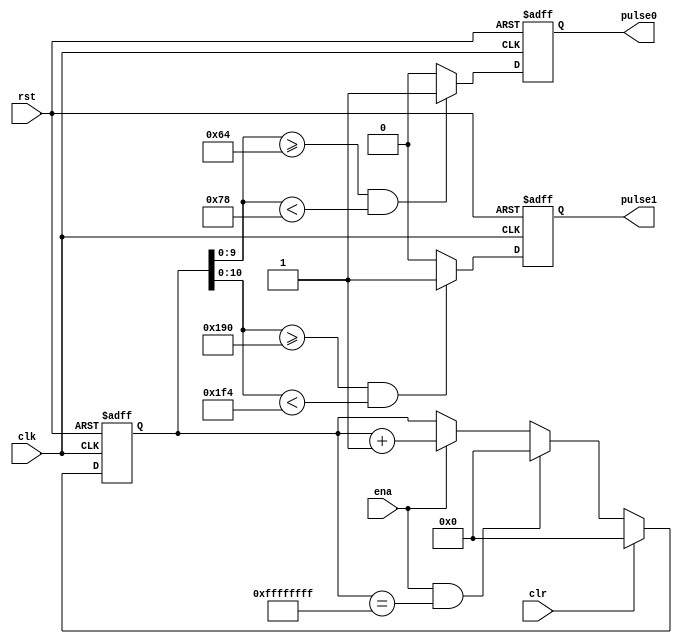
//--------------------------------------------------------------------------------------------------
//
// Title		: pulse_gen
// Design		: sig_acq
// Company		: xkf
// Description	: pulse signal generation, for test use, do not included in fianl design!
//
//-------------------------------------------------------------------------------------------------


module pulse_gen(
	clk,
	rst,

	clr,
	ena,
	
	pulse0,
	pulse1
	);

//parameter COUNT_10MS = 32'd1105919;
parameter COUNT_10MS = 19;
	
input clk;
input rst;
input ena;

input clr;

output reg pulse0;
output reg pulse1;

reg [31:0] count;


always @(posedge clk or negedge rst)
	if (!rst)
		count <= 32'd0;
	else if (clr)
		count <= 32'd0;
	else if (ena && count==32'hFFFFFFFF)
		count <= 32'd0;
	else if (ena)
		count <= count + 1'd1;		
		
always @(posedge clk or negedge rst)
	if (!rst)
		pulse0 <= 1'b0;
	else if (count[9:0]>=10'd100 && count[9:0]<10'd120)
		pulse0 <= 1'b1;
	else
		pulse0 <= 1'b0;
		
always @(posedge clk or negedge rst)
	if (!rst)
		pulse1 <= 1'b0;
	else if (count[10:0]>=11'd400 && count[10:0]<11'd500)
		pulse1 <= 1'b1;
	else
		pulse1 <= 1'b0;



endmodule